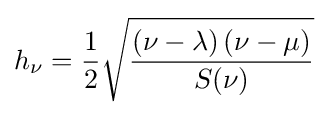
h_{\nu }={\frac {1}{2}}{\sqrt {\frac {\left(\nu -\lambda \right)\left(\nu -\mu \right)}{S(\nu )}}}